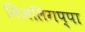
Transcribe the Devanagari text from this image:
निजलिंगप्पा